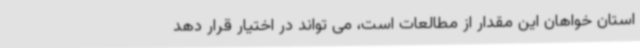
استان خواهان این مقدار از مطالعات است، می تواند در اختیار قرار دهد